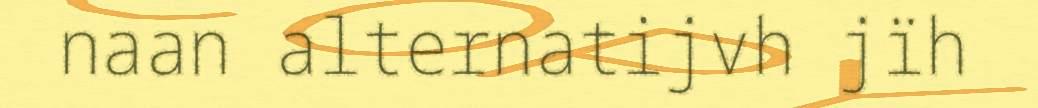
naan alternatijvh jïh